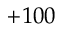
+ 1 0 0